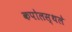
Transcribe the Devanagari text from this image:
कपोलस्थले